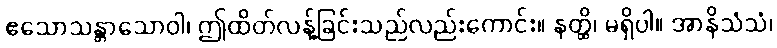
ဧသောသန္တာသောဝါ၊ ဤထိတ်လန့်ခြင်းသည်လည်းကောင်း။ နတ္ထိ၊ မရှိပါ။ အာနိသံသံ၊